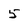
Character: 5